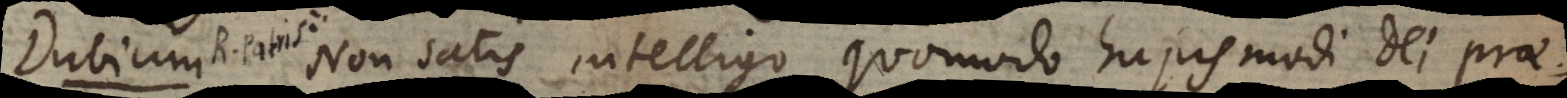
u m Non satis intelligo quomodo hujusmodi Dei prae